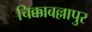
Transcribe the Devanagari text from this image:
चिक्काबल्लापुर